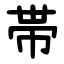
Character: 帯